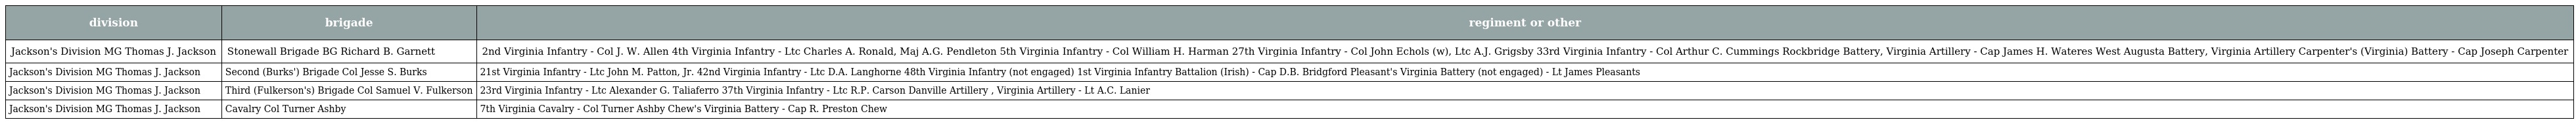
| division | brigade | regiment or other |
 | --- | --- | --- |
 | Jackson's Division MG Thomas J. Jackson | Stonewall Brigade BG Richard B. Garnett | 2nd Virginia Infantry - Col J. W. Allen 4th Virginia Infantry - Ltc Charles A. Ronald, Maj A.G. Pendleton 5th Virginia Infantry - Col William H. Harman 27th Virginia Infantry - Col John Echols (w), Ltc A.J. Grigsby 33rd Virginia Infantry - Col Arthur C. Cummings Rockbridge Battery, Virginia Artillery - Cap James H. Wateres West Augusta Battery, Virginia Artillery Carpenter's (Virginia) Battery - Cap Joseph Carpenter |
 | Jackson's Division MG Thomas J. Jackson | Second (Burks') Brigade Col Jesse S. Burks | 21st Virginia Infantry - Ltc John M. Patton, Jr. 42nd Virginia Infantry - Ltc D.A. Langhorne 48th Virginia Infantry (not engaged) 1st Virginia Infantry Battalion (Irish) - Cap D.B. Bridgford Pleasant's Virginia Battery (not engaged) - Lt James Pleasants |
 | Jackson's Division MG Thomas J. Jackson | Third (Fulkerson's) Brigade Col Samuel V. Fulkerson | 23rd Virginia Infantry - Ltc Alexander G. Taliaferro 37th Virginia Infantry - Ltc R.P. Carson Danville Artillery , Virginia Artillery - Lt A.C. Lanier |
 | Jackson's Division MG Thomas J. Jackson | Cavalry Col Turner Ashby | 7th Virginia Cavalry - Col Turner Ashby Chew's Virginia Battery - Cap R. Preston Chew |